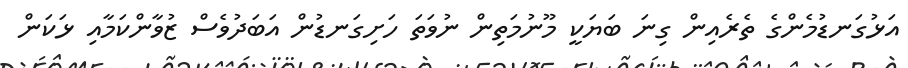
އަޅުގަނޑުމެންގެ ތެރެއިން ގިނަ ބަޔަކީ މޫނުމަތިން ނުވަތަ ހަށިގަނޑުން އަބަދުވެސް ޒުވާންކަމާއި ޅަކަން